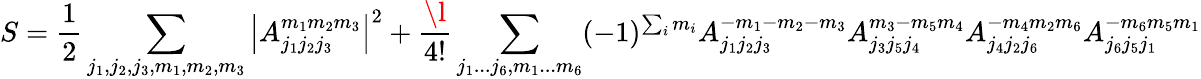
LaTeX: S=\frac{1}{2}\sum_{j_{1},j_{2},j_{3},m_{1},m_{2},m_{3}}\left|{A_{j_{1}j_{2}j_{3}}^{m_{1}m_{2}m_{3}}}\right|^{2}+\frac{\l}{4!}\sum_{j_{1}...j_{6},m_{1}...m_{6}}(-1)^{\sum_{i}m_{i}}A_{j_{1}j_{2}j_{3}}^{-m_{1}-m_{2}-m_{3}}A_{j_{3}j_{5}j_{4}}^{m_{3}-m_{5}m_{4}}A_{j_{4}j_{2}j_{6}}^{-m_{4}m_{2}m_{6}}A_{j_{6}j_{5}j_{1}}^{-m_{6}m_{5}m_{1}}